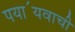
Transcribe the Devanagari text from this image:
पया॔यवाची